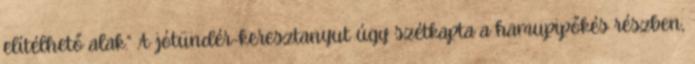
elítélhető alak.” A jótündér-keresztanyut úgy szétkapta a hamupipőkés részben,